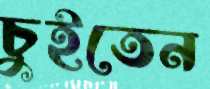
চুইতেন